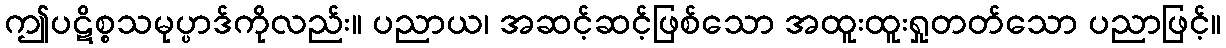
ဤပဋိစ္စသမုပ္ပာဒ်ကိုလည်း။ ပညာယ၊ အဆင့်ဆင့်ဖြစ်သော အထူးထူးရှုတတ်သော ပညာဖြင့်။